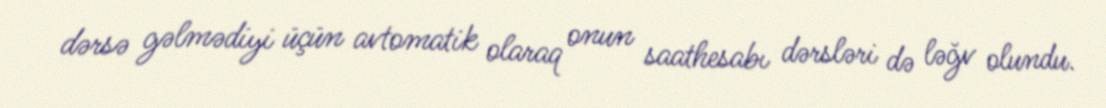
dərsə gəlmədiyi üçün avtomatik olaraq onun saathesabı dərsləri də ləğv olundu.